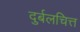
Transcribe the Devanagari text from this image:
दुर्बलचित्त